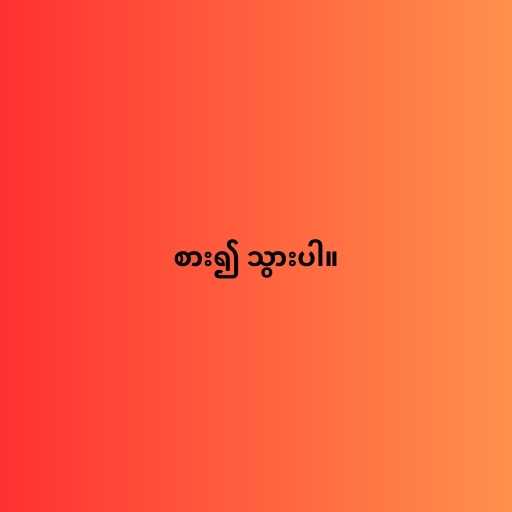
စား၍ သွားပါ။